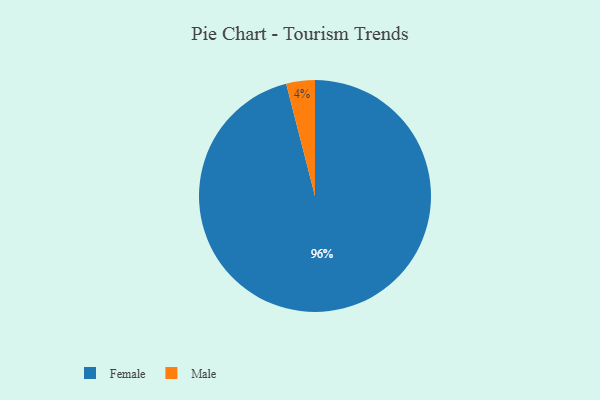
{"axis": {"x": "Category", "y": "Percentage"}, "legend": ["Female", "Male"], "data": [{"x": "Female", "y": 96, "type": "Female"}, {"x": "Male", "y": 4, "type": "Male"}]}